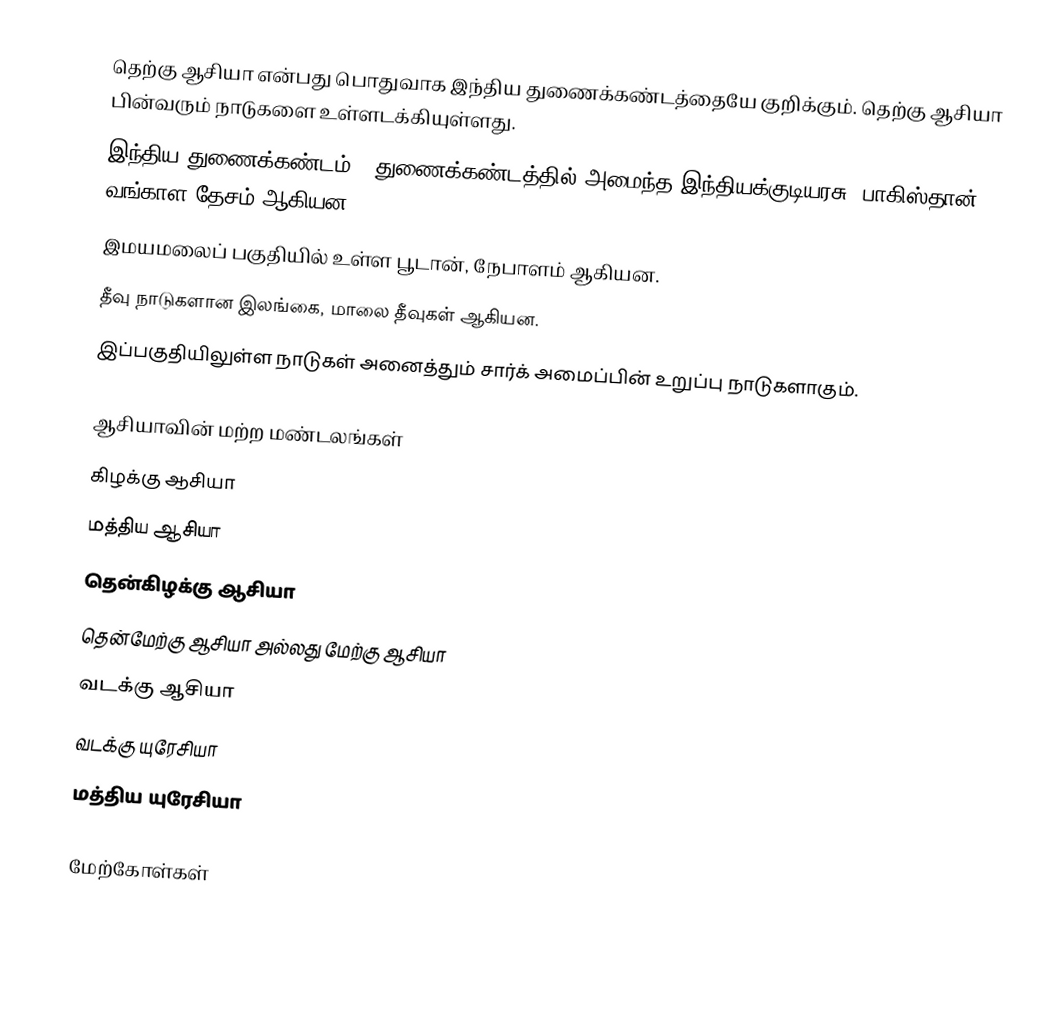
தெற்கு ஆசியா என்பது பொதுவாக இந்திய துணைக்கண்டத்தையே குறிக்கும். தெற்கு ஆசியா பின்வரும் நாடுகளை உள்ளடக்கியுள்ளது.
இந்திய துணைக்கண்டம் - துணைக்கண்டத்தில் அமைந்த இந்தியக்குடியரசு, பாகிஸ்தான், வங்காள தேசம் ஆகியன.
இமயமலைப் பகுதியில் உள்ள பூடான், நேபாளம் ஆகியன.
தீவு நாடுகளான இலங்கை, மாலை தீவுகள் ஆகியன.
இப்பகுதியிலுள்ள நாடுகள் அனைத்தும் சார்க் அமைப்பின் உறுப்பு நாடுகளாகும்.

ஆசியாவின் மற்ற மண்டலங்கள்
 கிழக்கு ஆசியா
 மத்திய ஆசியா
 தென்கிழக்கு ஆசியா
 தென்மேற்கு ஆசியா அல்லது மேற்கு ஆசியா
 வடக்கு ஆசியா
 வடக்கு யுரேசியா
 மத்திய யுரேசியா

மேற்கோள்கள்